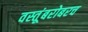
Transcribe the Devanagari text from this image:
वस्तूंबरोबरच